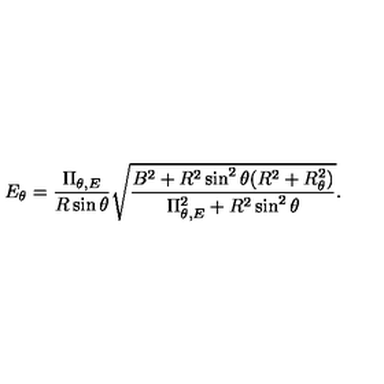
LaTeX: E _ { \theta } = \frac { \Pi _ { \theta , E } } { R \sin \theta } \sqrt { \frac { B ^ { 2 } + R ^ { 2 } \sin ^ { 2 } \theta ( R ^ { 2 } + R _ { \theta } ^ { 2 } ) } { \Pi _ { \theta , E } ^ { 2 } + R ^ { 2 } \sin ^ { 2 } \theta } } .